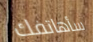
سأهاتفك